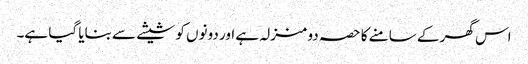
اس گھر کے سامنے کا حصہ دو منزلہ ہے اور دونوں کو شیشے سے بنایا گیا ہے۔